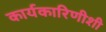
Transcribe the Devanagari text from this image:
कार्यकारिणीशी